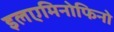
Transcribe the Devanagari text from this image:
इलएमिनोफिनो